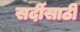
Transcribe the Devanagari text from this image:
सर्दीसाठी